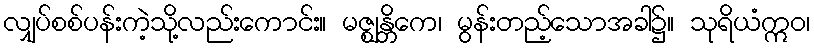
လျှပ်စစ်ပန်းကဲ့သို့လည်းကောင်း။ မဇ္ဈန္တိကေ၊ မွန်းတည့်သောအခါ၌။ သုရိယံဣဝ၊